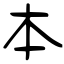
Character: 本